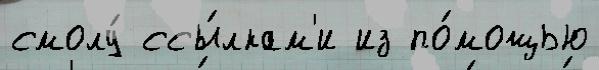
смолу́ ссы́лкам'и из по́мощью